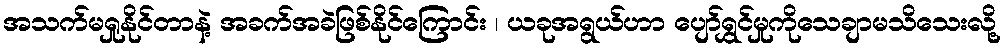
အသက်မရှုနိုင်တာနဲ့ အခက်အခဲဖြစ်နိုင်ကြောင်း ၊ ယခုအရွယ်ဟာ ပျော်ရွှင်မှုကိုသေချာမသိသေးလို့